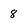
Character: 8